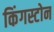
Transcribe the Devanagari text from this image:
किंगस्टोन